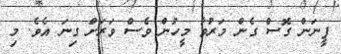
ފީނަން ގޮސް ގެން މަރުވާ މީހުން ވެސް ވަރަށް ގިނަ އެވެ. މި